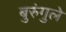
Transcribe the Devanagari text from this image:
बुरुंगुले